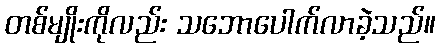
တစ်မျိုးကိုလည်း သဘောပေါက်လာခဲ့သည်။